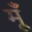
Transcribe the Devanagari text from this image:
मूँ